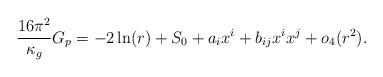
LaTeX: \begin{align*}\frac{16\pi^2}{\kappa_g}G_p&=-2\ln(r) + S_0 + a_ix^i + b_{ij}x^ix^j + o_4(r^{2}).\end{align*}